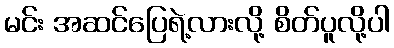
မင်း အဆင်ပြေရဲ့လားလို့ စိတ်ပူလို့ပါ